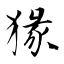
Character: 猭